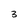
Character: 3